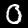
Label: 0